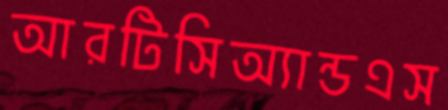
আরটিসিঅ্যান্ডএস